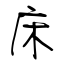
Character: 床